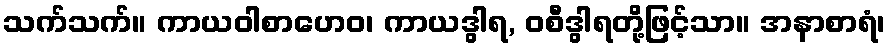
သက်သက်။ ကာယဝါစာဟေဝ၊ ကာယဒွါရ, ဝစီဒွါရတို့ဖြင့်သာ။ အနာစာရံ၊